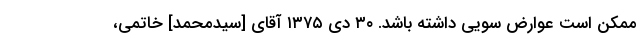
ممکن است عوارض سویی داشته باشد. ۳۰ دی ۱۳۷۵ آقای [سیدمحمد] خاتمی،